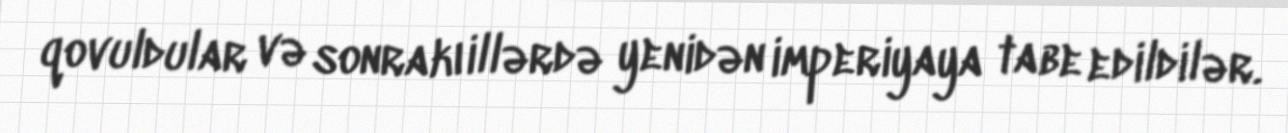
qovuldular və sonrakı illərdə yenidən imperiyaya tabe edildilər.